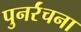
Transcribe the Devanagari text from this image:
पुनर्रंचना